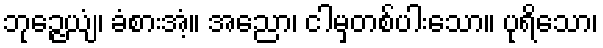
ဘုဉ္ဇေယျံ၊ ခံစားအံ့။ အညော၊ ငါမှတစ်ပါးသော။ ပုရိသော၊